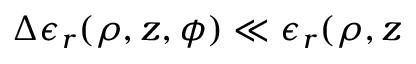
\Delta \epsilon _ { r } ( \rho , z , \phi ) \ll \epsilon _ { r } ( \rho , z